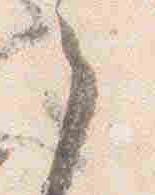
之